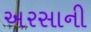
અરસાની